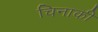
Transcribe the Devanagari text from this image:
चिनाकी